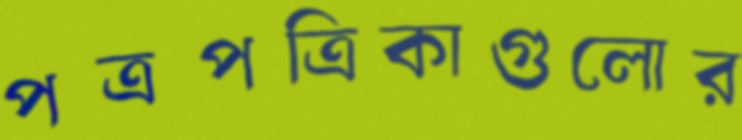
পত্রপত্রিকাগুলোর